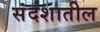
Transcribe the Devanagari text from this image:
संदशातील